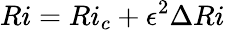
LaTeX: Ri=Ri_{c}+\epsilon^{2}\Delta Ri